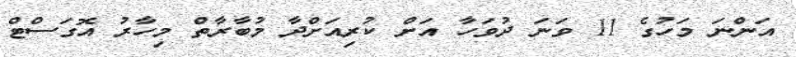
އަންނަ މަހުގެ 11 ވަނަ ދުވަހާ އަށް ކުރިއަށްދާ މުބާރާތް މިހާރު އޮގަސްޓް